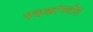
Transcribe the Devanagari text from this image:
पथकांमधील